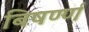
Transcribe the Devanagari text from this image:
बिषर्ण्ण